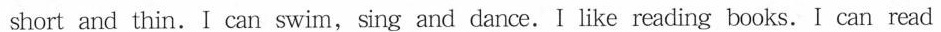
short and thin.I can swim,sing and dance.I like reading books. I can read